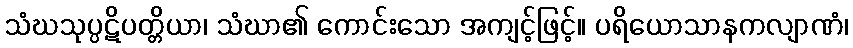
သံဃသုပ္ပဋိပတ္တိယာ၊ သံဃာ၏ ကောင်းသော အကျင့်ဖြင့်။ ပရိယောသာနကလျာဏံ၊